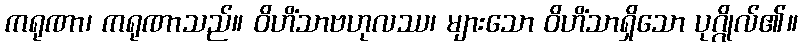
ကရုဏာ၊ ကရုဏာသည်။ ဝိဟိံသာဗဟုလဿ၊ များသော ဝိဟိံသာရှိသော ပုဂ္ဂိုလ်၏။